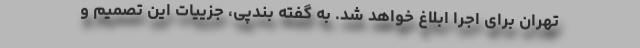
تهران برای اجرا ابلاغ خواهد شد. به گفته بندپی، جزییات این تصمیم و